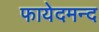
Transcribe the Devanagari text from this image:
फायेदमन्द